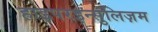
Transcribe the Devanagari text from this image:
हाइपरइन्सुलिज़म